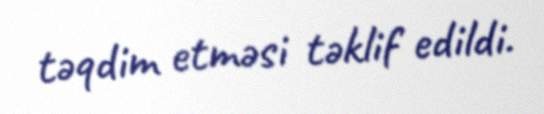
təqdim etməsi təklif edildi.